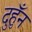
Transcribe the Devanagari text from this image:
दुहुँन